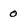
Character: 0